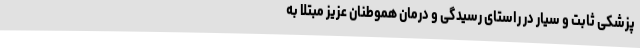
پزشکی ثابت و سیار در راستای رسیدگی و درمان هموطنان عزیز مبتلا به